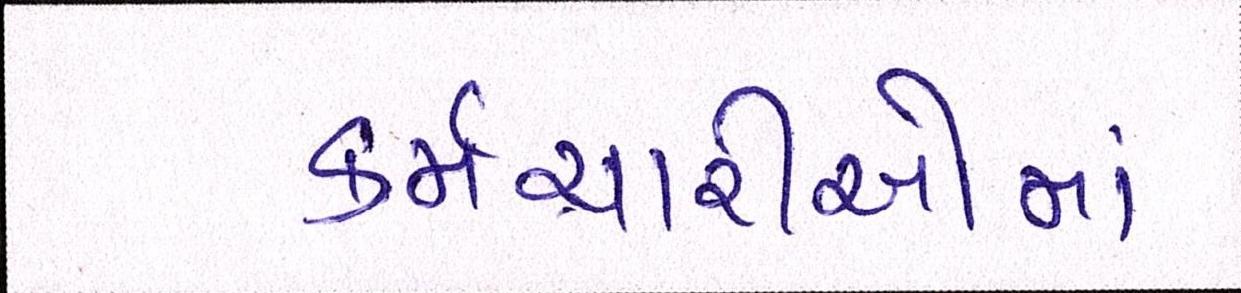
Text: કર્મચારીઓમાં